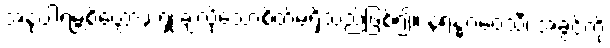
အနုပါရမ္ဘစိတ္တော,၊ ရှုံးချလိုသောစိတ်မရှိသည်ဖြစ်၍။ နရန္ဓဂဝေသီ၊ အခွင့်ကို